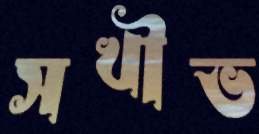
সখীভ